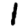
Digit: 1